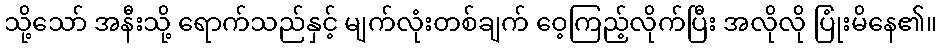
သို့သော် အနီးသို့ ရောက်သည်နှင့် မျက်လုံးတစ်ချက် ဝေ့ကြည့်လိုက်ပြီး အလိုလို ပြုံးမိနေ၏။